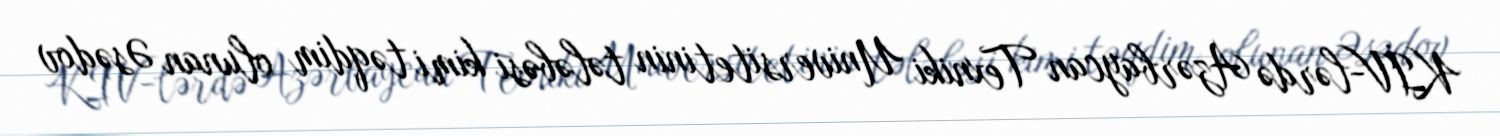
KİV-lərdə Azərbaycan Texniki Universitetinin tələbəsi kimi təqdim olunan Əsədov